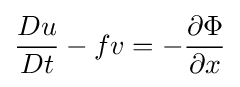
{\frac {Du}{Dt}}-fv=-{\frac {\partial \Phi }{\partial x}}